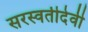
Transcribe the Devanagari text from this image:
सरस्वतीदेवी